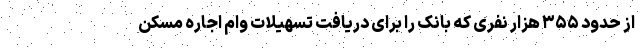
از حدود ۳۵۵ هزار نفری که بانک را برای دریافت تسهیلات وام اجاره مسکن